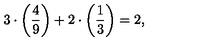
3 \cdot \left( \frac { 4 } { 9 } \right) + 2 \cdot \left( \frac { 1 } { 3 } \right) = 2 ,